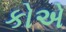
કોએ